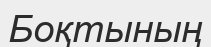
Боқтының